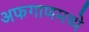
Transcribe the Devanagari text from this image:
अफगाणमध्ये